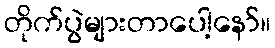
တိုက်ပွဲများတာပေါ့နော်။